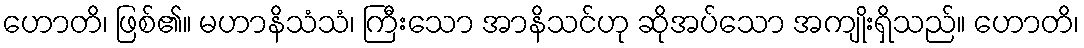
ဟောတိ၊ ဖြစ်၏။ မဟာနိသံသံ၊ ကြီးသော အာနိသင်ဟု ဆိုအပ်သော အကျိုးရှိသည်။ ဟောတိ၊